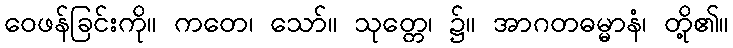
ဝေဖန်ခြင်းကို။ ကတေ၊ သော်။ သုတ္တေ၊ ၌။ အာဂတဓမ္မာနံ၊ တို့၏။